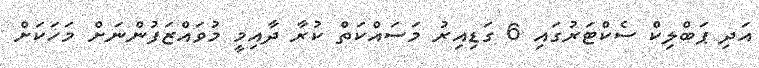
އަދި ޕަބްލިކް ސެކްޓަރުގައި 6 ގަޑިއިރު މަސައްކަތް ކުރާ ދާއިމީ މުވައްޒަފުންނަށް މަހަކަށް